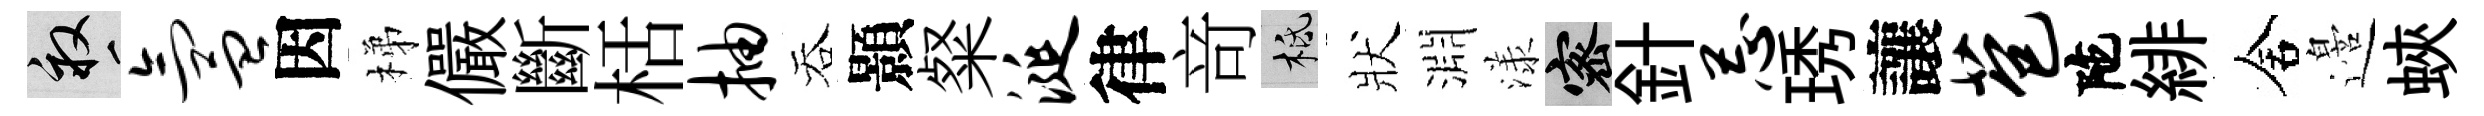
畝氲因梯儼斷栝抽吞顥粲涎律竒柢狀淵漾密針忌琇讓苞陀緋舍邉蛺